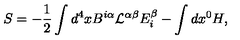
S = - { \frac { 1 } { 2 } } \int d ^ { 4 } x B ^ { i \alpha } { \mathcal L } ^ { \alpha \beta } E _ { i } ^ { \beta } - \int d x ^ { 0 } H ,